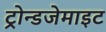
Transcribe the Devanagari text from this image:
ट्रोन्डजेमाइट